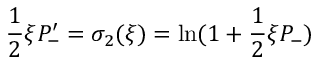
\frac { 1 } { 2 } \xi P _ { - } ^ { \prime } = \sigma _ { 2 } ( \xi ) = \ln ( 1 + \frac { 1 } { 2 } \xi P _ { - } )